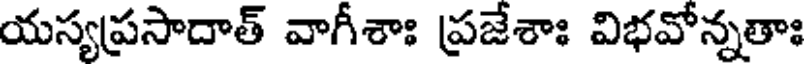
యస్యప్రసాదాత్ వాగీశాః ప్రజేశాః విభవోన్నతాః